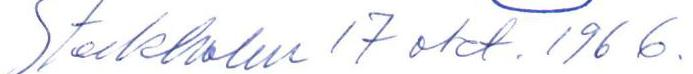
Stockholm 17 okt. 1966.